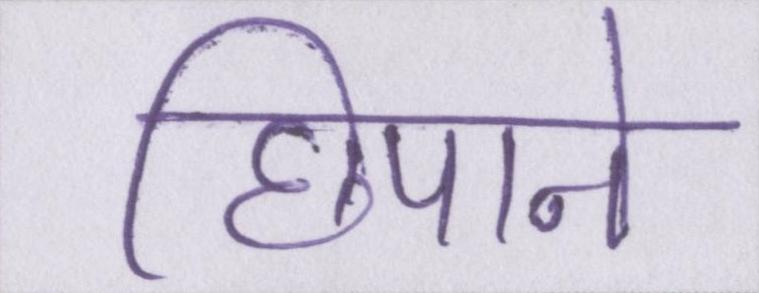
छिपाने